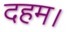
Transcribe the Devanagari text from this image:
दहम।